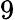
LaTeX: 9